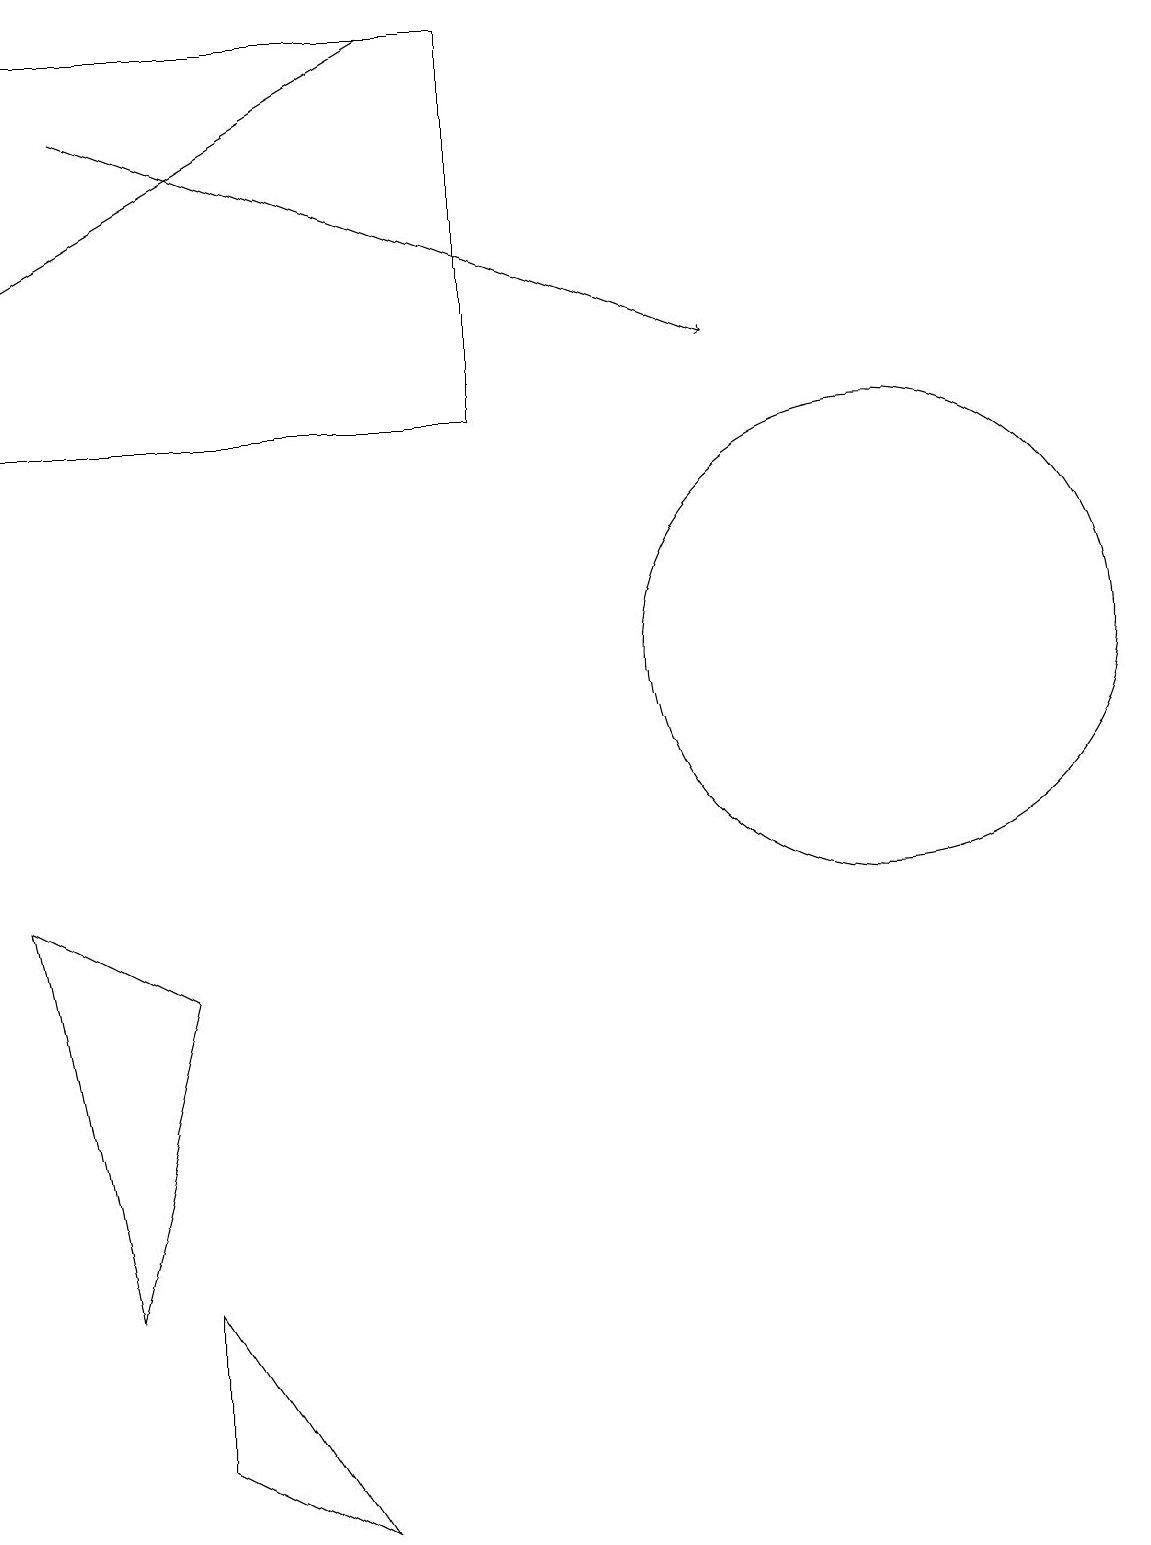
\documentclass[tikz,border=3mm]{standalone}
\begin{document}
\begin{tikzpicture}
\draw (2,7) -- (0,8) -- (1,3) -- cycle;
\draw[->] (5,19) -- (0,16);
\draw (2,3) -- (4,0) -- (2,1) -- cycle;
\draw (6,19) rectangle (0,14);
\draw (11,11) circle (3);
\draw[->] (1,18) -- (9,15);
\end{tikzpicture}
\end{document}